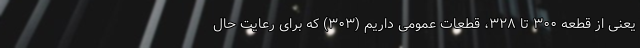
یعنی از قطعه ۳۰۰ تا ۳۲۸، قطعات عمومی داریم (۳۰۳) که برای رعایت حال